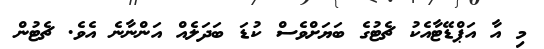
މި އާ އަޕްޑޭޓާއެކު ޗެޓުގެ ބަޔަށްވެސް ކުޑަ ބަދަލެއް އަންނާނެ އެވެ. ޗެޓުން